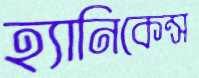
হ্যানিকেন্স